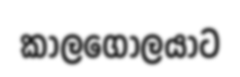
කාලගෝලයාට